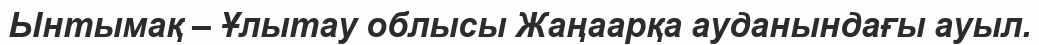
Ынтымақ – Ұлытау облысы Жаңаарқа ауданындағы ауыл.